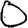
Digit: 0